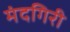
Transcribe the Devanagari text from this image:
मंदगिरी